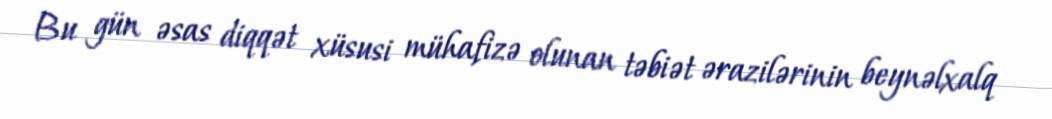
Bu gün əsas diqqət xüsusi mühafizə olunan təbiət ərazilərinin beynəlxalq